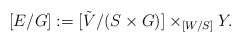
\begin{align*} [E/G]:=[\tilde{V}/(S\times G)]\times_{[W/S]}Y. \end{align*}